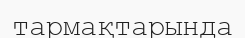
тармақтарында